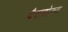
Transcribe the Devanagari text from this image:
पैराडोक्स